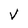
Character: V